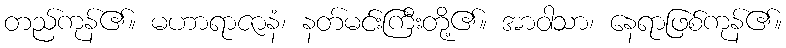
တည်ကုန်၏။ မဟာရာဇာနံ၊ နတ်မင်းကြီးတို့၏။ အာဝါသာ၊ နေရာဖြစ်ကုန်၏။